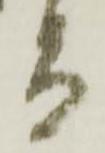
而